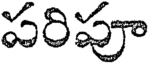
పరిపూ